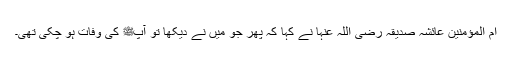
اُمّ المؤمنین عائشہ صدیقہ رضی اللہ عنہا نے کہا کہ پھر جو میں نے دیکھا تو آپﷺ کی وفات ہو چکی تھی۔